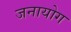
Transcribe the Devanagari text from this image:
जनायोग